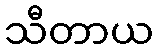
သီတာယ